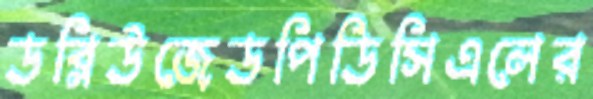
ডব্লিউজেডপিডিসিএলের